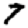
Digit: 7